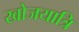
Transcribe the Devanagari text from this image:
खोजयात्रि